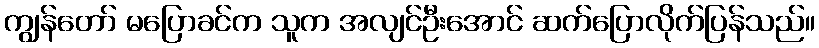
ကျွန်တော် မပြောခင်က သူက အလျင်ဦးအောင် ဆက်ပြောလိုက်ပြန်သည်။